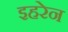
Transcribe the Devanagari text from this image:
इहरेन